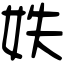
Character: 妷